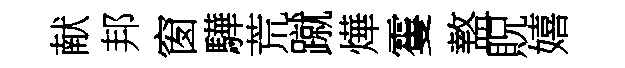
献邦窗驊荒蹴燁䨥盩貺嬉